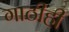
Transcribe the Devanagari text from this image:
गाठीही